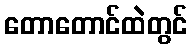
တောတောင်ထဲတွင်